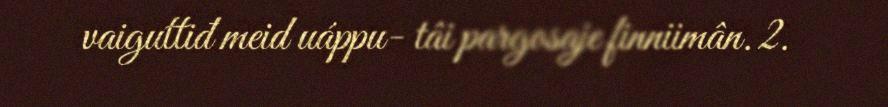
vaiguttiđ meid uáppu- tâi pargosaje finniimân. 2.